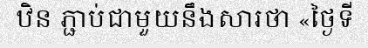
ឋិន ភ្ជាប់ជាមួយនឹងសារថា «ថ្ងៃទី